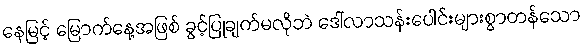
နေမြင့် မြောက်နေ့အဖြစ် ခွင့်ပြုချက်မလိုဘဲ ဒေါ်လာသန်းပေါင်းများစွာတန်သော